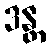
ဒန္တ